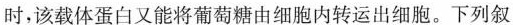
时，该载体蛋白又能将葡萄糖由细胞内转运出细胞。下列叙